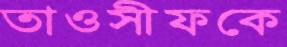
তাওসীফকে